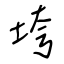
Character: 垮